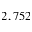
2 , 7 5 2